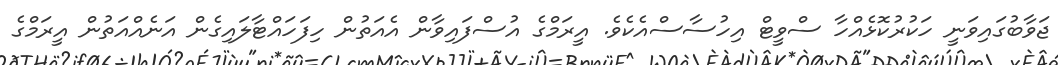
ޖަވާބުގައިވަނީ ހަކުރުކޮޅެއްހާ ސްވީޓް އިހުސާސްއެކެވެ. އީރަމްގެ އުސްފައިވާން އެއަތުން ހިފަހައްޓާލައިގެން އަނެއްއަތުން އީރަމްގެ